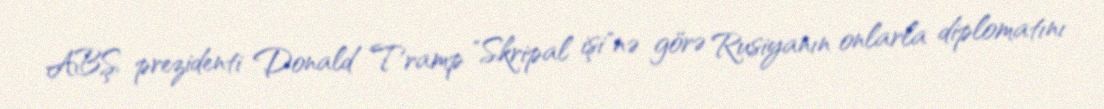
ABŞ prezidenti Donald Tramp "Skripal işi"nə görə Rusiyanın onlarla diplomatını